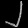
Digit: ၂